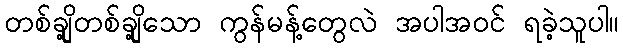
တစ်ချို့တစ်ချို့သော ကွန်မန့်တွေလဲ အပါအဝင် ရခဲ့သူပါ။